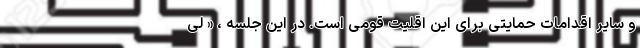
و سایر اقدامات حمایتی برای این اقلیت قومی است. در این جلسه ، « لی